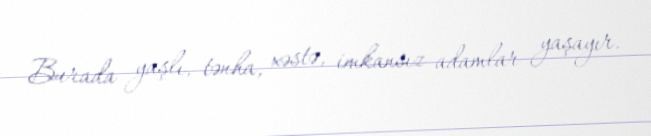
Burada yaşlı, tənha, xəstə, imkansız adamlar yaşayır.